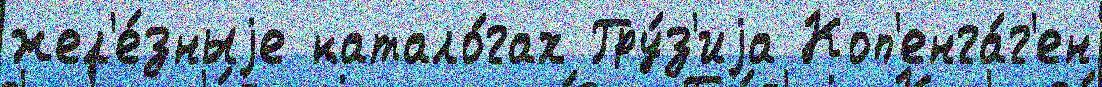
жел'е́зныjе катало́гах Гру́з'иjа Коп'енга́г'ен